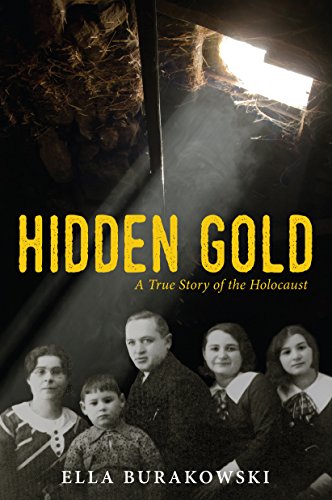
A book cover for Hidden Gold; Ella Burakowski; Teen & Young Adult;